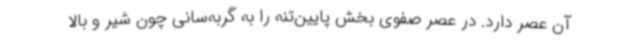
آن عصر دارد. در عصر صفوی بخش پایین‌تنه را به گربه‌سانی چون شیر و بالا